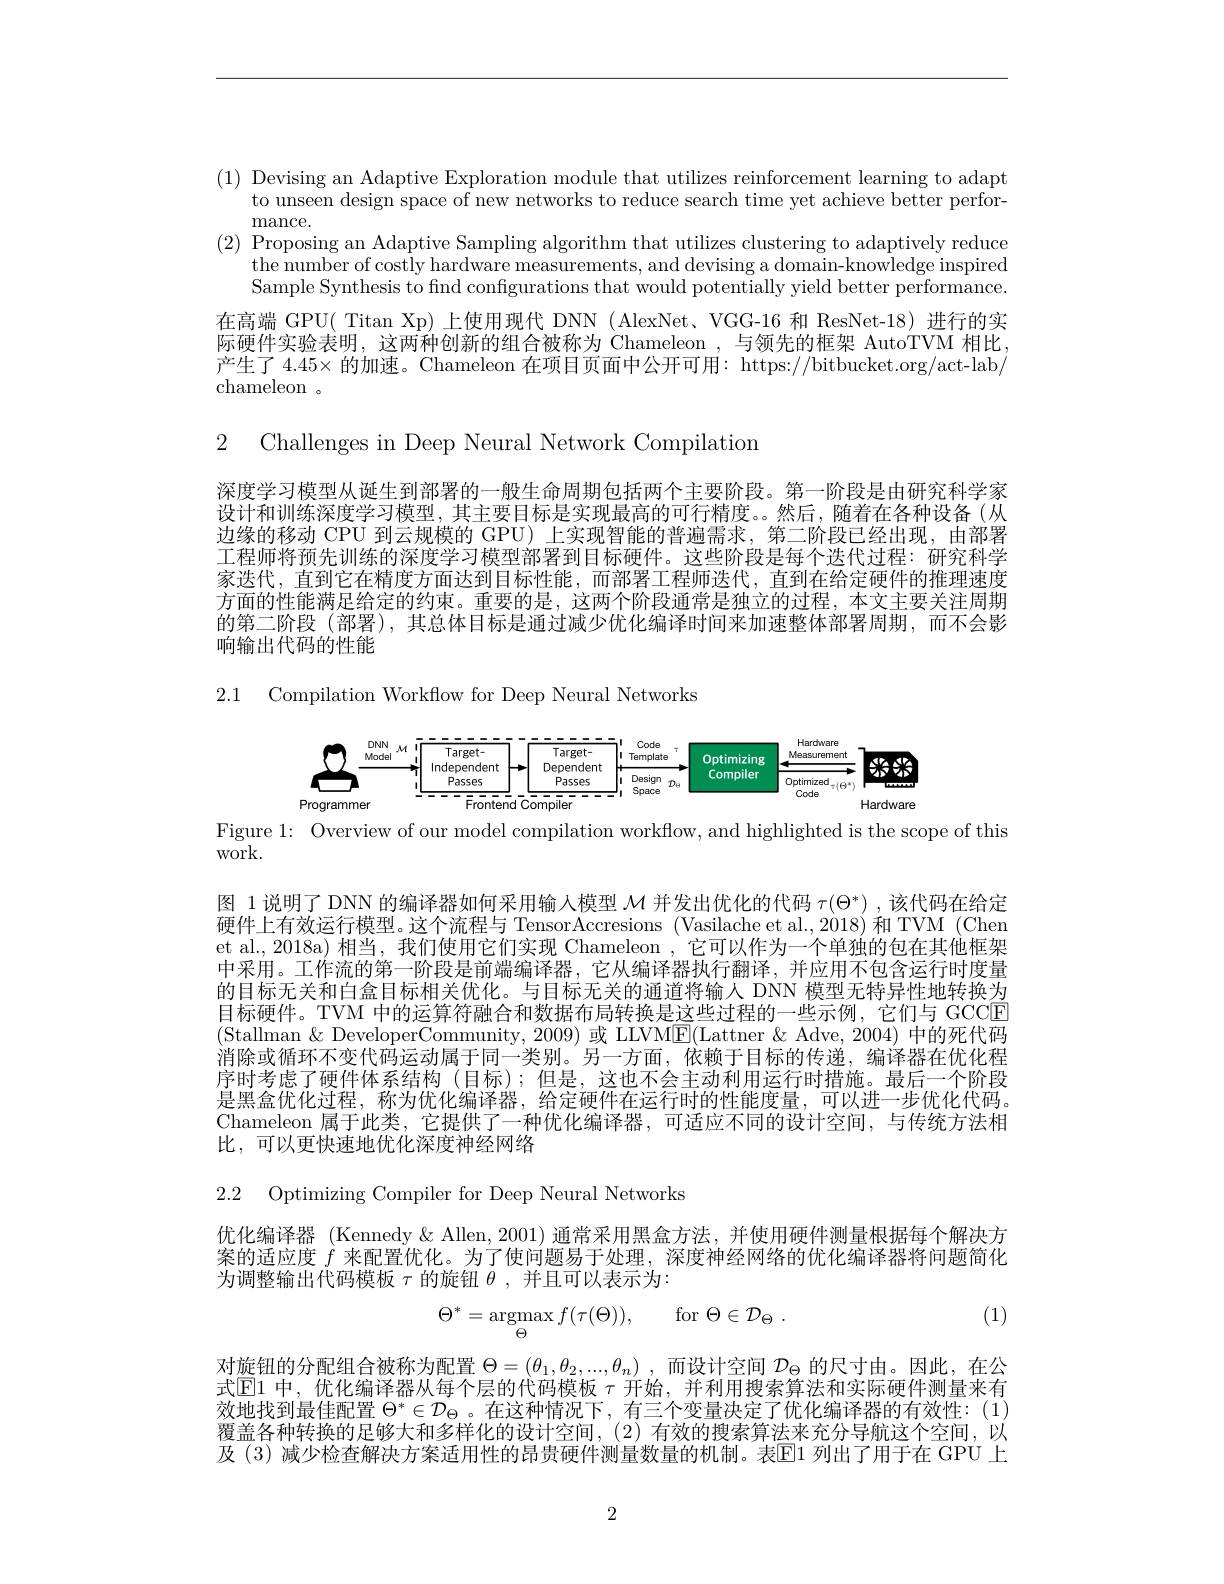
(1) Devising an Adaptive Exploration module that utilizes reinforcement learning to adapt
to unseen design space of new networks to reduce search time yet achieve better perfor-
mance.
(2) Proposing an Adaptive Sampling algorithm that utilizes clustering to adaptively reduce
the number of costly hardware measurements, and devising a domain-knowledge inspired Sample Synthesis to find configurations that would potentially yield better performance.
在高端 GPU( Titan Xp) 上使用现代 DNN ( AlexNet、VGG-16 和 ResNet-18)进行的实际硬件实验表明，这两种创新的组合被称为 Chameleon ,与领先的框架 AutoTVM 相比产生了 4.45× 的加速。Chameleon 在项目页面中公开可用：https://bitbucket.org/act-lab/ chameleon 。

2 Challenges in Deep Neural Network Compilation

深度学习模型从诞生到部署的一般生命周期包括两个主要阶段。第一阶段是由研究科学家设计和训练深度学习模型，其主要目标是实现最高的可行精度。然后，随着在各种设备(从边缘的移动 CPU 到云规模的 GPU) 上实现智能的普遍需求，第二阶段已经出现，由部署工程师将预先训练的深度学习模型部署到目标硬件。这些阶段是每个迭代过程：研究科学家迭代，直到它在精度方面达到目标性能，而部署工程师迭代，直到在给定硬件的推理速度方面的性能满足给定的约束。重要的是，这两个阶段通常是独立的过程，本文主要关注周期的第二阶段 (部署),其总体目标是通过减少优化编译时间来加速整体部署周期，而不会影响输出代码的性能

2.1 Compilation Workflow for Deep Neural Networks

<FigureHere>

Figure 1: Overview of our model compilation workflow, and highlighted is the scope of this

work.

图 1说明了 DNN 的编译器如何采用输入模型$\mathcal{M}$并发出优化的代码$\tau(\Theta^*)$ ,该代码在给定硬件上有效运行模型。这个流程与 TensorAccresions (Vasilache et al.,2018)和 TVM (Chen et al., 2018a) 相当，我们使用它们实现 Chameleon ,它可以作为一个单独的包在其他框架中采用。工作流的第一阶段是前端编译器，它从编译器执行翻译，并应用不包含运行时度量的目标无关和白盒目标相关优化。与目标无关的通道将输入 DNN 模型无特异性地转换为目标硬件。TVM 中的运算符融合和数据布局转换是这些过程的一些示例，它们与 GCCE (Stallman $\&$ DeveloperCommunity, 2009) 或 LLVM$\underline{\mathrm{E}}($Lattner &Adve, 2004) 中的死代码消除或循环不变代码运动属于同一类别。另一方面，依赖于目标的传递，编译器在优化程序时考虑了硬件体系结构 (目标);但是，这也不会主动利用运行时措施。最后一个阶段是黑盒优化过程，称为优化编译器，给定硬件在运行时的性能度量，可以进一步优化代码。Chameleon 属于此类，它提供了一种优化编译器，可适应不同的设计空间，与传统方法相比，可以更快速地优化深度神经网络

2.2 Optimizing Compiler for Deep Neural Networks

优化编译器 (Kennedy & Allen, 2001) 通常采用黑盒方法，并使用硬件测量根据每个解决方案的适应度$f$来配置优化。为了使问题易于处理，深度神经网络的优化编译器将问题简化为调整输出代码模板$\tau$的旋钮$\theta$,并且可以表示为：

(1)
$$\Theta^{*}=\mathop{\mathrm{argmax}}_{\Theta}f(\tau(\Theta)),\quad\mathrm{for}\:\Theta\in\mathcal{D}_{\Theta}\:.$$
对旋钮的分配组合被称为配置$\Theta = ( \theta _1, \theta _2, . . . , \theta _n)$ , 而设计空间$\mathcal{D}_\Theta$的尺寸由。因此，在公式$\overline{\mathbb{E}}$1 中，优化编译器从每个层的代码模板 $\tau$ 开始，并利用搜索算法和实际硬件测量来有效地找到最佳配置$\Theta^*\in\mathcal{D}_\Theta$ 。在这种情况下 , 有三个变量决定了优化编译器的有效性：(1) 覆盖各种转换的足够大和多样化的设计空间，(2) 有效的搜索算法来充分导航这个空间，以及 (3) 减少检查解决方案适用性的昂贵硬件测量数量的机制。表$\underline{\mathrm{E}}$1 列出了用于在 GPU 上

2